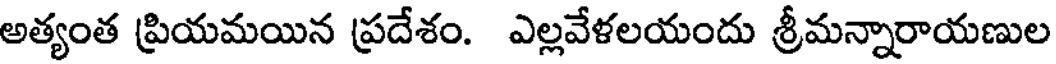
అత్యంత ప్రియమయిన ప్రదేశం. ఎల్లవేళలయందు శ్రీమన్నారాయణుల